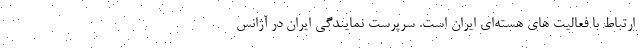
ارتباط با فعالیت های هسته‌ای ایران است. سرپرست نمایندگی ایران در آژانس